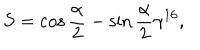
S = \cos \frac { \alpha } { 2 } - \sin \frac { \alpha } { 2 } \gamma ^ { 1 6 } ,